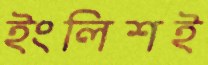
ইংলিশই